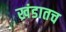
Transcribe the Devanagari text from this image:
खंडातच